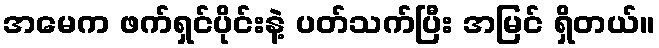
အမေက ဖက်ရှင်ပိုင်းနဲ့ ပတ်သက်ပြီး အမြင် ရှိတယ်။